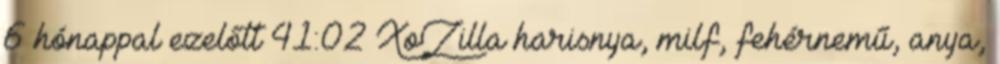
6 hónappal ezelőtt 41:02 XoZilla harisnya, milf, fehérnemű, anya,